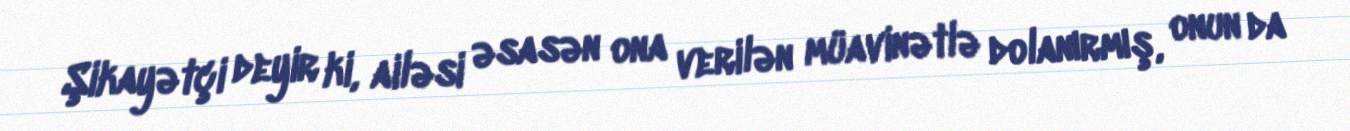
Şikayətçi deyir ki, ailəsi əsasən ona verilən müavinətlə dolanırmış, onun da